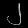
Digit: ၂